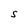
Character: S